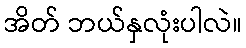
အိတ် ဘယ်နှလုံးပါလဲ။